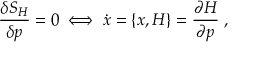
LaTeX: \frac { \delta S _ { H } } { \delta p } = 0 \; \Longleftrightarrow \; \dot { x } = \{ x , H \} = \frac { \partial H } { \partial p } \; ,